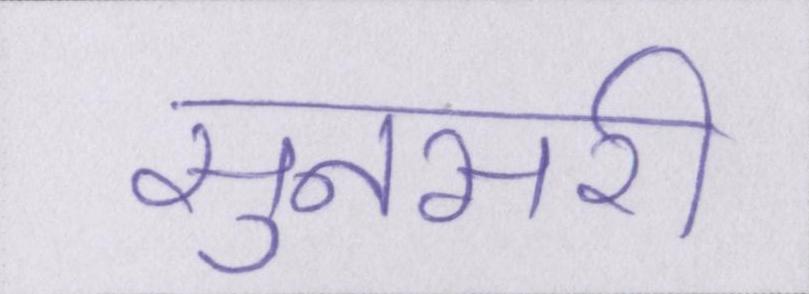
सुनसरी